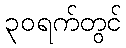
၃၀ရက်တွင်